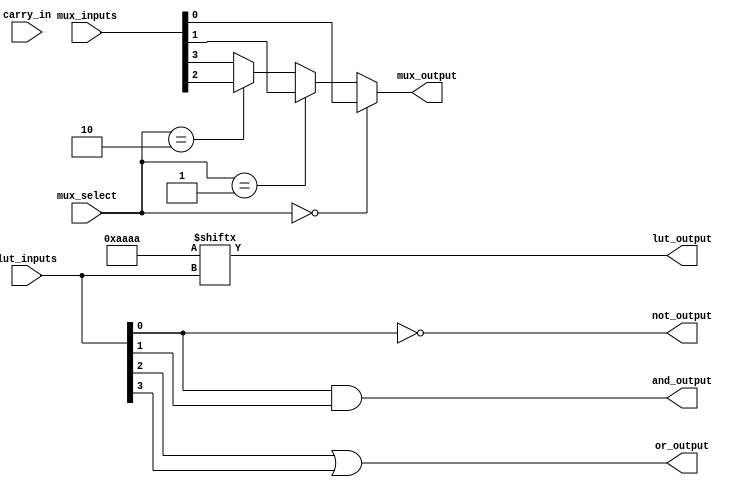
module CLB (
    input wire [3:0] lut_inputs,  // 4 inputs for the LUT
    input wire [1:0] mux_select,   // 2-bit select for the multiplexer
    input wire [3:0] mux_inputs,    // Inputs for the multiplexer
    input wire carry_in,            // Carry input for arithmetic operations
    output wire lut_output,         // Output from the LUT
    output wire mux_output,         // Output from the multiplexer
    output wire and_output,         // AND gate output
    output wire or_output,          // OR gate output
    output wire not_output          // NOT gate output
);

    // 4-input LUT implementation
    reg [15:0] lut_memory; // 16 possible combinations for 4 inputs
    assign lut_output = lut_memory[lut_inputs]; // Output based on LUT memory

    // Multiplexer implementation
    assign mux_output = (mux_select == 2'b00) ? mux_inputs[0] :
                        (mux_select == 2'b01) ? mux_inputs[1] :
                        (mux_select == 2'b10) ? mux_inputs[2] :
                        mux_inputs[3]; // Default to mux_inputs[3]

    // Basic logic gates
    assign and_output = lut_inputs[0] & lut_inputs[1]; // AND gate
    assign or_output = lut_inputs[2] | lut_inputs[3];  // OR gate
    assign not_output = ~lut_inputs[0];                 // NOT gate

    // Initialize LUT memory (example truth table)
    initial begin
        // Example truth table for a 4-input LUT (can be modified)
        lut_memory = 16'b1010101010101010; // Example pattern
    end

endmodule